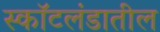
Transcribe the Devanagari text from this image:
स्कॉटलंडातील